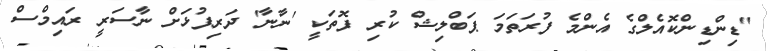
"ޑިންޑިންކޮއެލްގެ އެންމެ ފުރަތަމަ ޕަބްލިޝް ކުރި ފޮތަކީ 'ނާނާ' ދަރިފުޅަށް ނާސަރީ ރައިމްސް